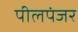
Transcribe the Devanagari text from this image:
पीलपंजर